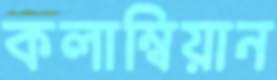
কলাম্বিয়ান